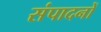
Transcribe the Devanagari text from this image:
संपादनों